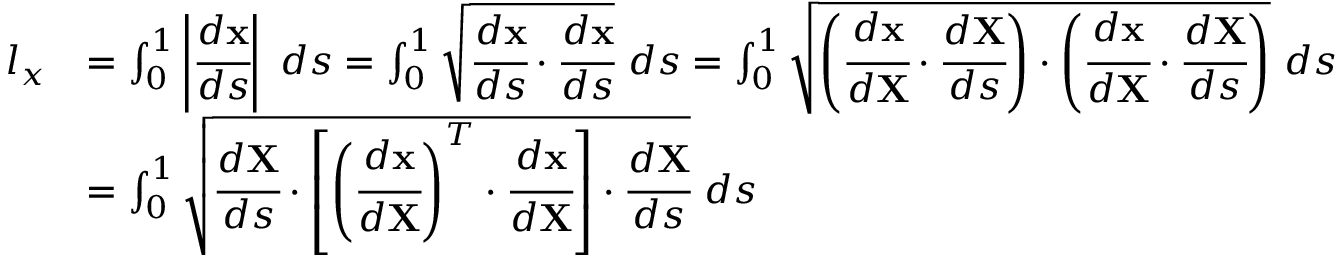
{ \begin{array} { r l } { l _ { x } } & { = \int _ { 0 } ^ { 1 } \left| { \cfrac { d \mathbf { x } } { d s } } \right| ~ d s = \int _ { 0 } ^ { 1 } { \sqrt { { \cfrac { d \mathbf { x } } { d s } } \cdot { \cfrac { d \mathbf { x } } { d s } } } } ~ d s = \int _ { 0 } ^ { 1 } { \sqrt { \left( { \cfrac { d \mathbf { x } } { d \mathbf { X } } } \cdot { \cfrac { d \mathbf { X } } { d s } } \right) \cdot \left( { \cfrac { d \mathbf { x } } { d \mathbf { X } } } \cdot { \cfrac { d \mathbf { X } } { d s } } \right) } } ~ d s } \\ & { = \int _ { 0 } ^ { 1 } { \sqrt { { \cfrac { d \mathbf { X } } { d s } } \cdot \left[ \left( { \cfrac { d \mathbf { x } } { d \mathbf { X } } } \right) ^ { T } \cdot { \cfrac { d \mathbf { x } } { d \mathbf { X } } } \right] \cdot { \cfrac { d \mathbf { X } } { d s } } } } ~ d s } \end{array} }